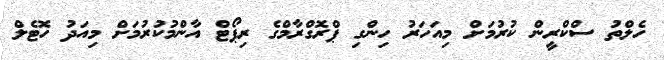
ހެލްތު ސްކްރީން ކުރުމަށް މިއަހަރު ހިންގި ޕްރޮގްރާމްގެ ރިޕޯޓް އާންމުކުރުމަށް މިއަދު ހޮޓެލް